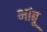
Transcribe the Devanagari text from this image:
भांबू